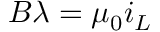
B \lambda = \mu _ { 0 } i _ { L }